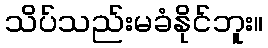
သိပ်သည်းမခံနိုင်ဘူး။